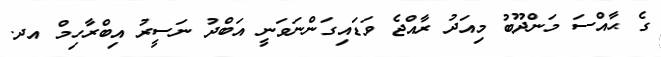
ގެ ޙާއްސަ މަންދޫބު މިއަދު ރާއްޖެ ވަޑައިގަންނަވަނީ އަބްދު ނަސީރު އިބްރާހިމް އދ.